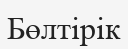
Бөлтірік